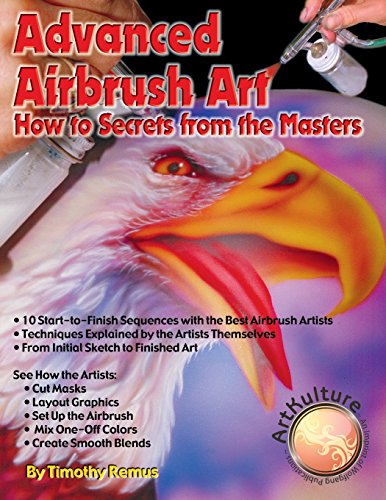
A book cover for Advanced Airbrush Art: How to Secrets From the Masters; Timothy Remus; Arts & Photography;